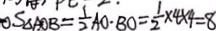
O S _ { \Delta A O B } = \frac { 1 } { 2 } A O \cdot B O = \frac { 1 } { 2 } \times 4 \times 4 = 8